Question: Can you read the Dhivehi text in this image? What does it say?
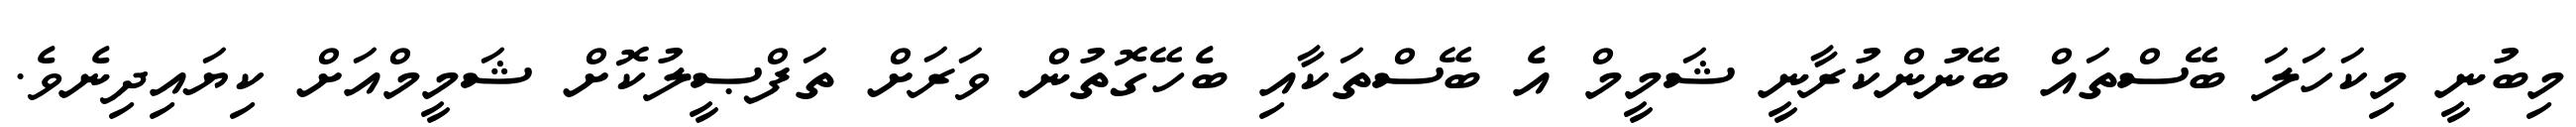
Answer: މިބުނީ މިކަހަލަ ބޭސްތައް ބޭނުންކުރާނީ ޝަމީމް އެ ބޭސްތަކާއި ބެހޭގޮތުން ވަރަށް ތަފްޞީލުކޮށް ޝަމީމްއަށް ކިޔައިދިނެވެ.